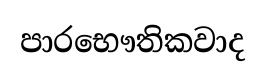
පාරභෞතිකවාද